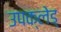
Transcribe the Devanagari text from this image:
उपक्लेड्